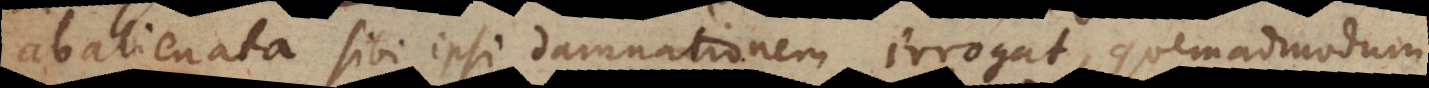
abalienata sibi ipsi damnationem irrogat, quemadmodum